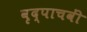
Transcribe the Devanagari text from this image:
वृद्पाचवीं